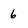
Character: 6